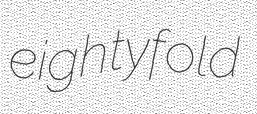
eightyfold